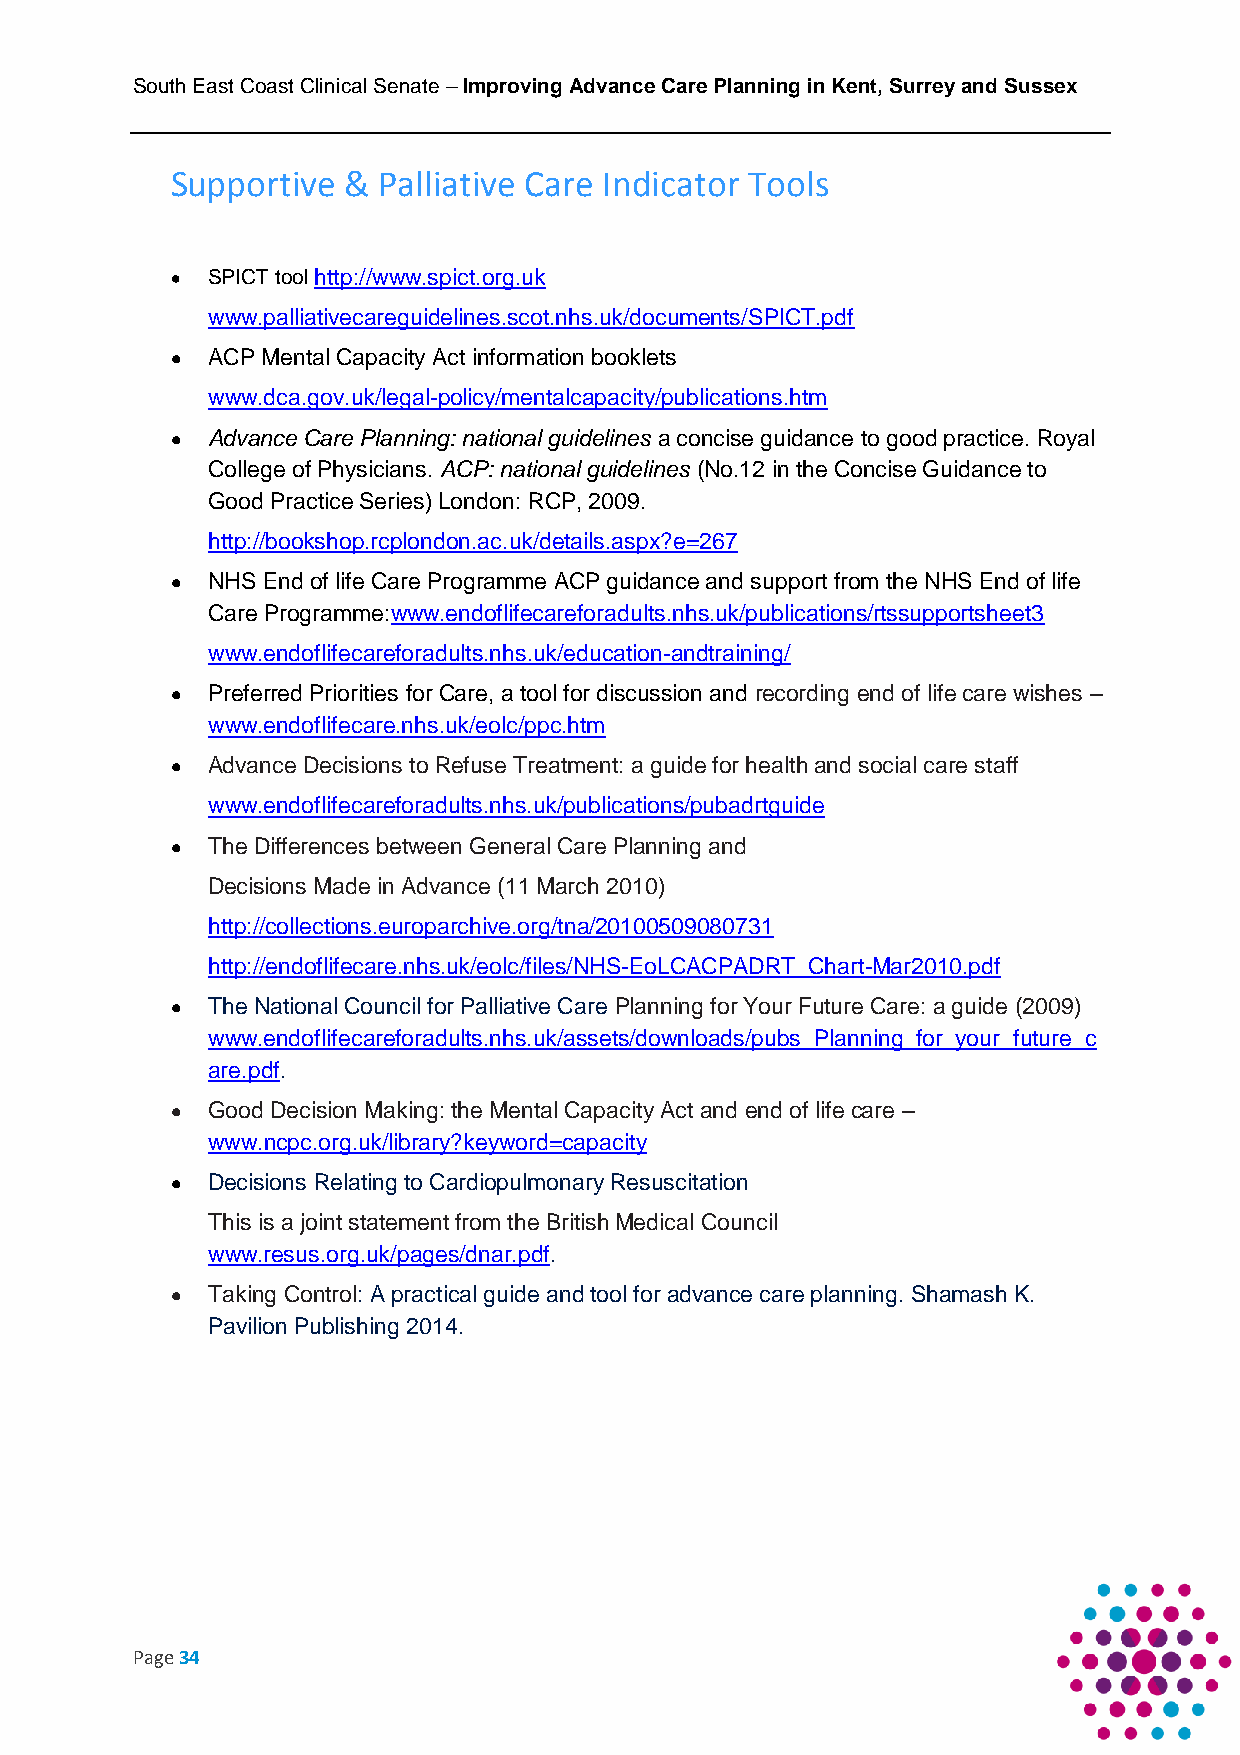
South East Coast Clinical Senate – Improving Advance Care Planning in Kent, Surrey and Sussex
 Supportive  & Palliative Care Indicator Tools
   SPICT tool http://www.spict.org.uk
 www.palliativecareguidelines.scot.nhs.uk/documents/SPICT.pdf
   ACP Mental Capacity Act information booklets
 www.dca.gov.uk/legal-policy/mentalcapacity/publications.htm
   Advance Care Planning: national guidelines a concise guidance to good practice. Royal
 College of Physicians. ACP: national guidelines (No.12 in the Concise Guidance to
 Good Practice Series) London: RCP, 2009.
 http://bookshop.rcplondon.ac.uk/details.aspx?e=267
   NHS End of life Care Programme ACP guidance and support from the NHS End of life
 Care Programme:www.endoflifecareforadults.nhs.uk/publications/rtssupportsheet3
 www.endoflifecareforadults.nhs.uk/education-andtraining/
   Preferred Priorities for Care, a tool for discussion and recording end of life care wishes –
 www.endoflifecare.nhs.uk/eolc/ppc.htm
   Advance Decisions to Refuse Treatment: a guide for health and social care staff
 www.endoflifecareforadults.nhs.uk/publications/pubadrtguide
   The Differences between General Care Planning and
 Decisions Made in Advance (11 March 2010)
 http://collections.europarchive.org/tna/20100509080731
 http://endoflifecare.nhs.uk/eolc/files/NHS-EoLCACPADRT_Chart-Mar2010.pdf
   The National Council for Palliative Care Planning for Your Future Care: a guide (2009)
 www.endoflifecareforadults.nhs.uk/assets/downloads/pubs_Planning_for_your_future_c
 are.pdf.
   Good Decision Making: the Mental Capacity Act and end of life care –
 www.ncpc.org.uk/library?keyword=capacity
   Decisions Relating to Cardiopulmonary Resuscitation
 This is a joint statement from the British Medical Council
 www.resus.org.uk/pages/dnar.pdf.
   Taking Control: A practical guide and tool for advance care planning. Shamash K.
 Pavilion Publishing 2014.
 Page 34